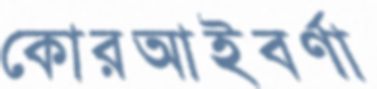
কোরআইবর্ণা